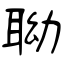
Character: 聈